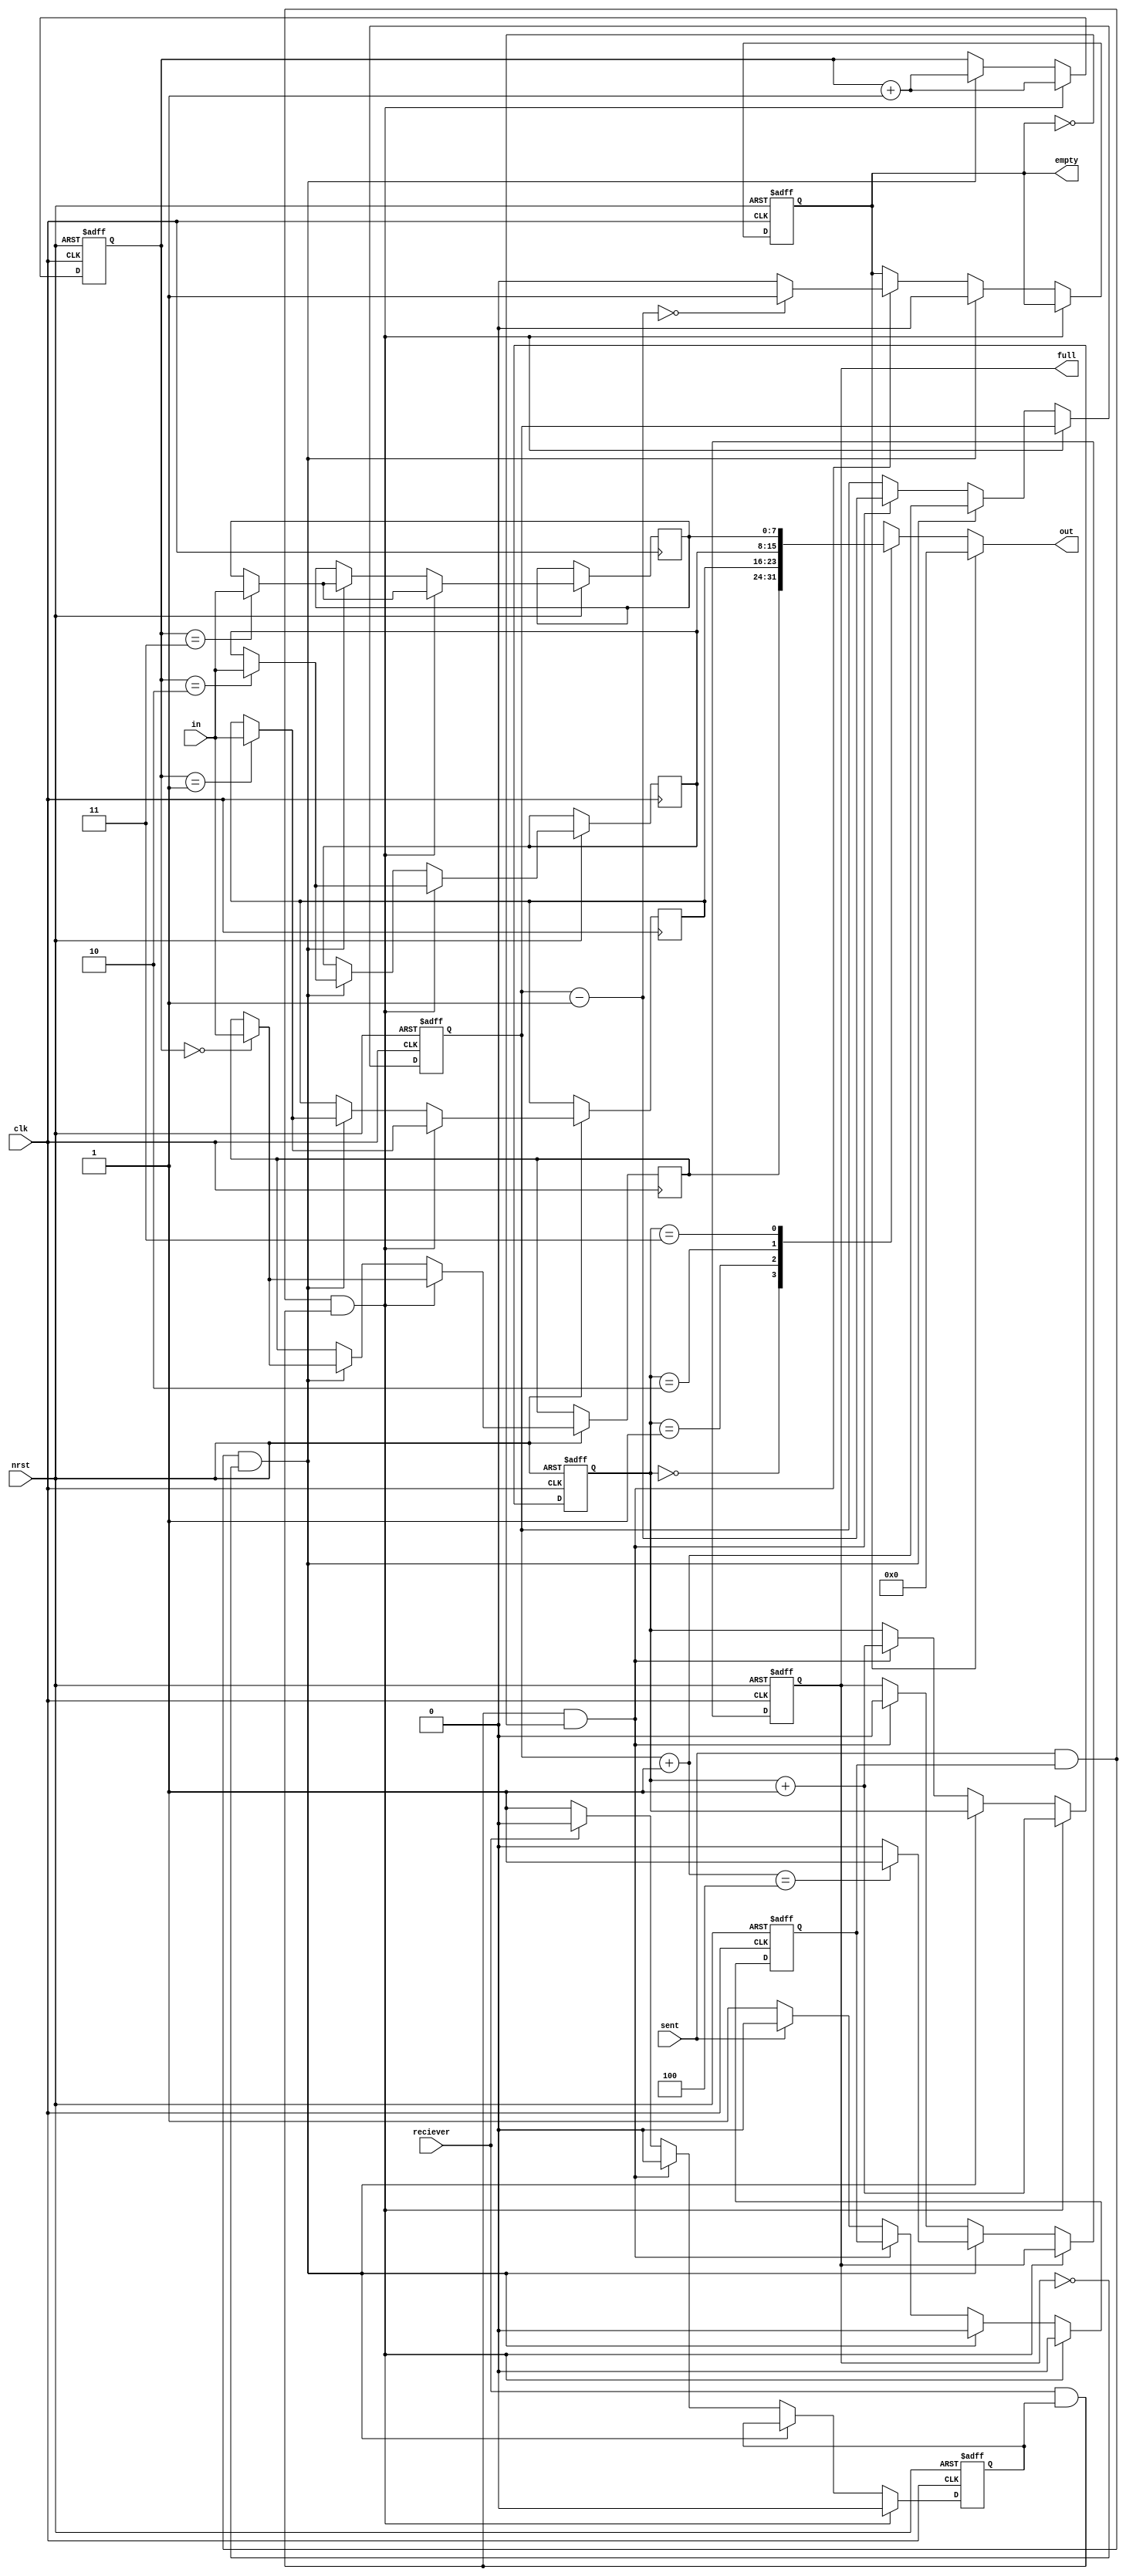
`timescale 1ns / 1ps
//////////////////////////////////////////////////////////////////////////////////
// Company: 
// Engineer: 
// 
// Design Name: 
// Module Name: FIFO_test
// Project Name: 
// Target Devices: 
// Tool Versions: 
// Description: 
// 
// Dependencies: 
// 
// Revision:
// Revision 0.01 - File Created
// Additional Comments:
// 
//////////////////////////////////////////////////////////////////////////////////


module FIFO_test(in, nrst, sent, out, empty, full, reciever, clk);
    input  [7:0]in;
    input  nrst,
           sent, clk; 
    
    input  reciever;       
    output [7:0]out;
    output  reg empty,
            full;
    
    parameter capacity = 4;
    parameter counter_width = $clog2(capacity);
    reg [7:0]ram[0: capacity-1];
    reg [0:counter_width-1] rear, front;
    reg s_en, r_en;
    reg [0:counter_width] length;
    
    always @(posedge clk or negedge nrst) begin
        if(!nrst) begin
            front =0;
            rear =0;
    
            empty = 1'b1;
            full = 1'b0;
            
            s_en <=1;
            r_en <=1;
            length =0;
        end
        
        else begin
            if ((sent && s_en) && (reciever && r_en)) begin
                rear <= rear + 1;
                ram[rear] <= in;
                front <= front+1;
                s_en = 0;
                r_en = 0;
            end
            
            else if ((sent && s_en)  && !full) begin
                rear <= rear + 1;
                length = length +1;
                ram[rear] <= in;
                s_en = 0;
//                r_en =1;
                if (length == 4) begin
                    empty = 1'b0;
                    full = 1'b1;
                end
                else begin
//                    s_en = 1;
//                    r_en =1;
                    empty = 0;
                    full = 0;
                end
            end
            else if ((reciever && r_en) && !empty) begin
//                out = ram[front];
                front <= front +1;
//                s_en = 1;
                r_en =0;
                length = length -1;
                if (length == 0) begin
                    empty = 1'b1;
                    full = 1'b0;
                end
                else begin
                    empty = 0;
                    full = 0;
//                    s_en = 1;
//                    r_en =1;
                end
            end
            else begin
                if (sent ==1)s_en =0;
                else s_en =1;
                if (reciever ==1)r_en =0;
                else r_en =1;
            end
        end
    end
    
    assign out = empty? 0 : ram[front];
endmodule